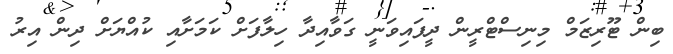
ބިން ޓޫރިޒަމް މިނިސްޓްރީން ދީފައިވަނީ ގަވާއިދާ ހިލާފަށް ކަމަށާއި ކުއްޔަށް ދިން އިރު